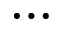
\dots